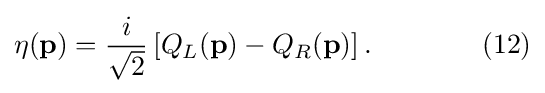
\eta (\mathbf {p} )={i \over {\sqrt {2}}}\left[Q_{L}(\mathbf {p} )-Q_{R}(\mathbf {p} )\right].\quad \quad \quad \quad (12)